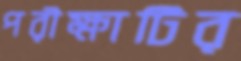
পরীক্ষাটির